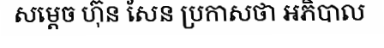
សម្តេច ហ៊ុន សែន ប្រកាសថា អភិបាល